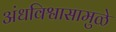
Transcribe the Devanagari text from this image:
अंधविश्वासामुळे